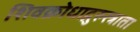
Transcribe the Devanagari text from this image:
शिवक्रोधाद्गुरुस्त्राता